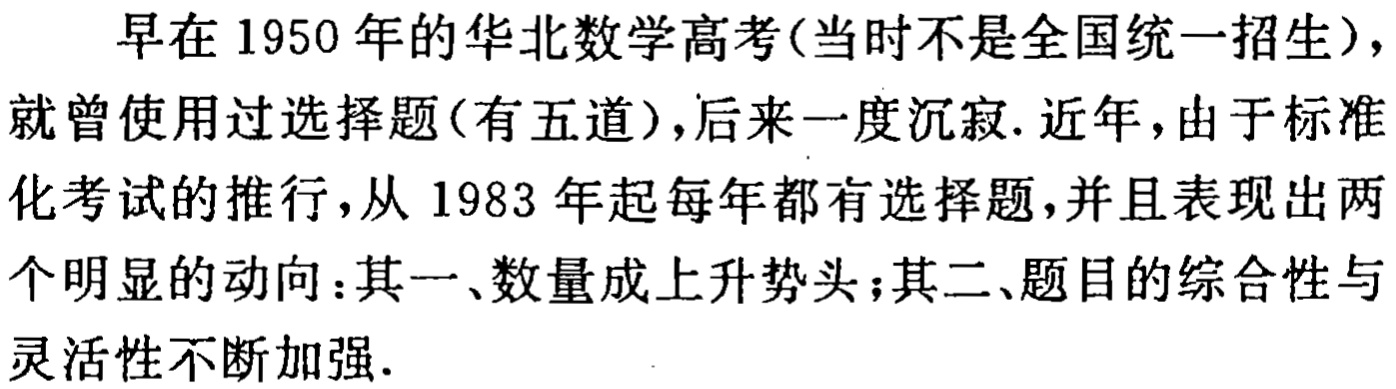
早在1950年的华北数学高考(当时不是全国统一招生)，就曾使用过选择题(有五道)，后来一度沉寂. 近年，由于标准化考试的推行，从1983年起每年都有选择题，并且表现出两个明显的动向：其一、数量成上升势头；其二、题目的综合性与灵活性不断加强.